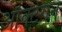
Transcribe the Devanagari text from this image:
ऑक्टेगन